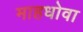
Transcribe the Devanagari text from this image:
माहधोवा